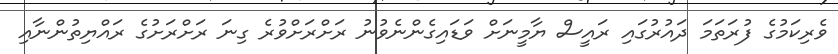
ވެރިކަމުގެ ފުރަތަމަ ދައުރުުގައި ރައީސް ޔާމީނަށް ވަޑައިގެންނެވުނު ރަށްރަށްވުރެ ގިނަ ރަށްރަށުގެ ރައްޔިތުންނާއި